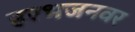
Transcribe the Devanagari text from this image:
हरभजनवर